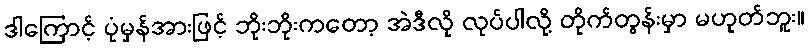
ဒါကြောင့် ပုံမှန်အားဖြင့် ဘိုးဘိုးကတော့ အဲဒီလို လုပ်ပါလို့ တိုက်တွန်းမှာ မဟုတ်ဘူး။